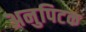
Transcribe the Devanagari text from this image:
अनुपिटक